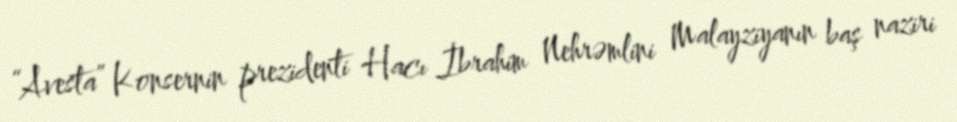
“Avesta” Konsernin prezidenti Hacı İbrahim Nehrəmlini Malayziyanın baş naziri